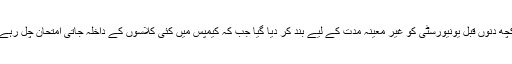
ابھی کچھ دنوں قبل یونیورسٹی کو غیر معینہ مدت کے لیے بند کر دیا گیا جب کہ کیمپس میں کئی کلاسوں کے داخلہ جاتی امتحان چل رہے تھے۔